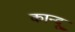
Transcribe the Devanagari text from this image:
कान्दू